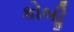
કોબીૢ